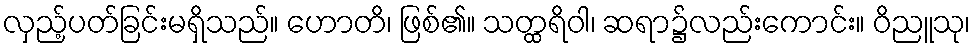
လှည့်ပတ်ခြင်းမရှိသည်။ ဟောတိ၊ ဖြစ်၏။ သတ္ထရိဝါ၊ ဆရာ၌လည်းကောင်း။ ဝိညူသု၊